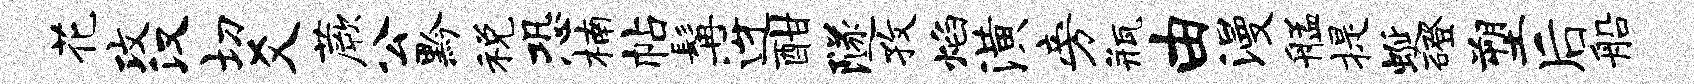
花攻汉切爻蕨公黔税恐楠帖髯迓酣隧孜焰潢旁瓶由漫艋提蜒磴塑后船